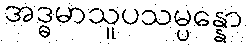
အဒ္ဓမာသူပသမ္ပန္နော